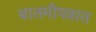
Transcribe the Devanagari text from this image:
बातमीपत्रात